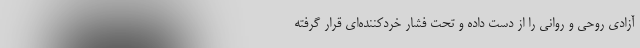
آزادی روحی و روانی را از دست داده و تحت فشار خردکننده‌ای قرار گرفته